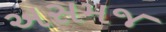
અસમજ